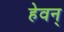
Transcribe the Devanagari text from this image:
हेवन्